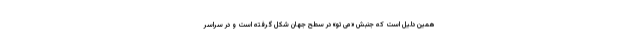
همین دلیل است که جنبش «می تو» در سطح جهان شکل گرفته است و در سراسر